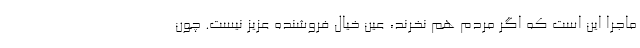
ماجرا این است که اگر مردم هم نخرند، عین خیال فروشنده عزیز نیست. چون